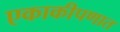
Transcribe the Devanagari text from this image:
एकाकीपणात